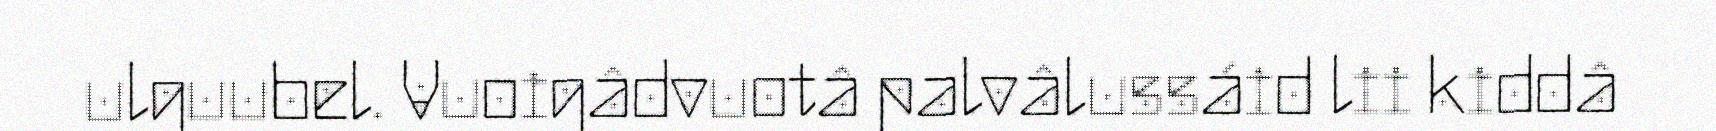
ulguubel. Vuoigâdvuotâ palvâlussáid lii kiddâ